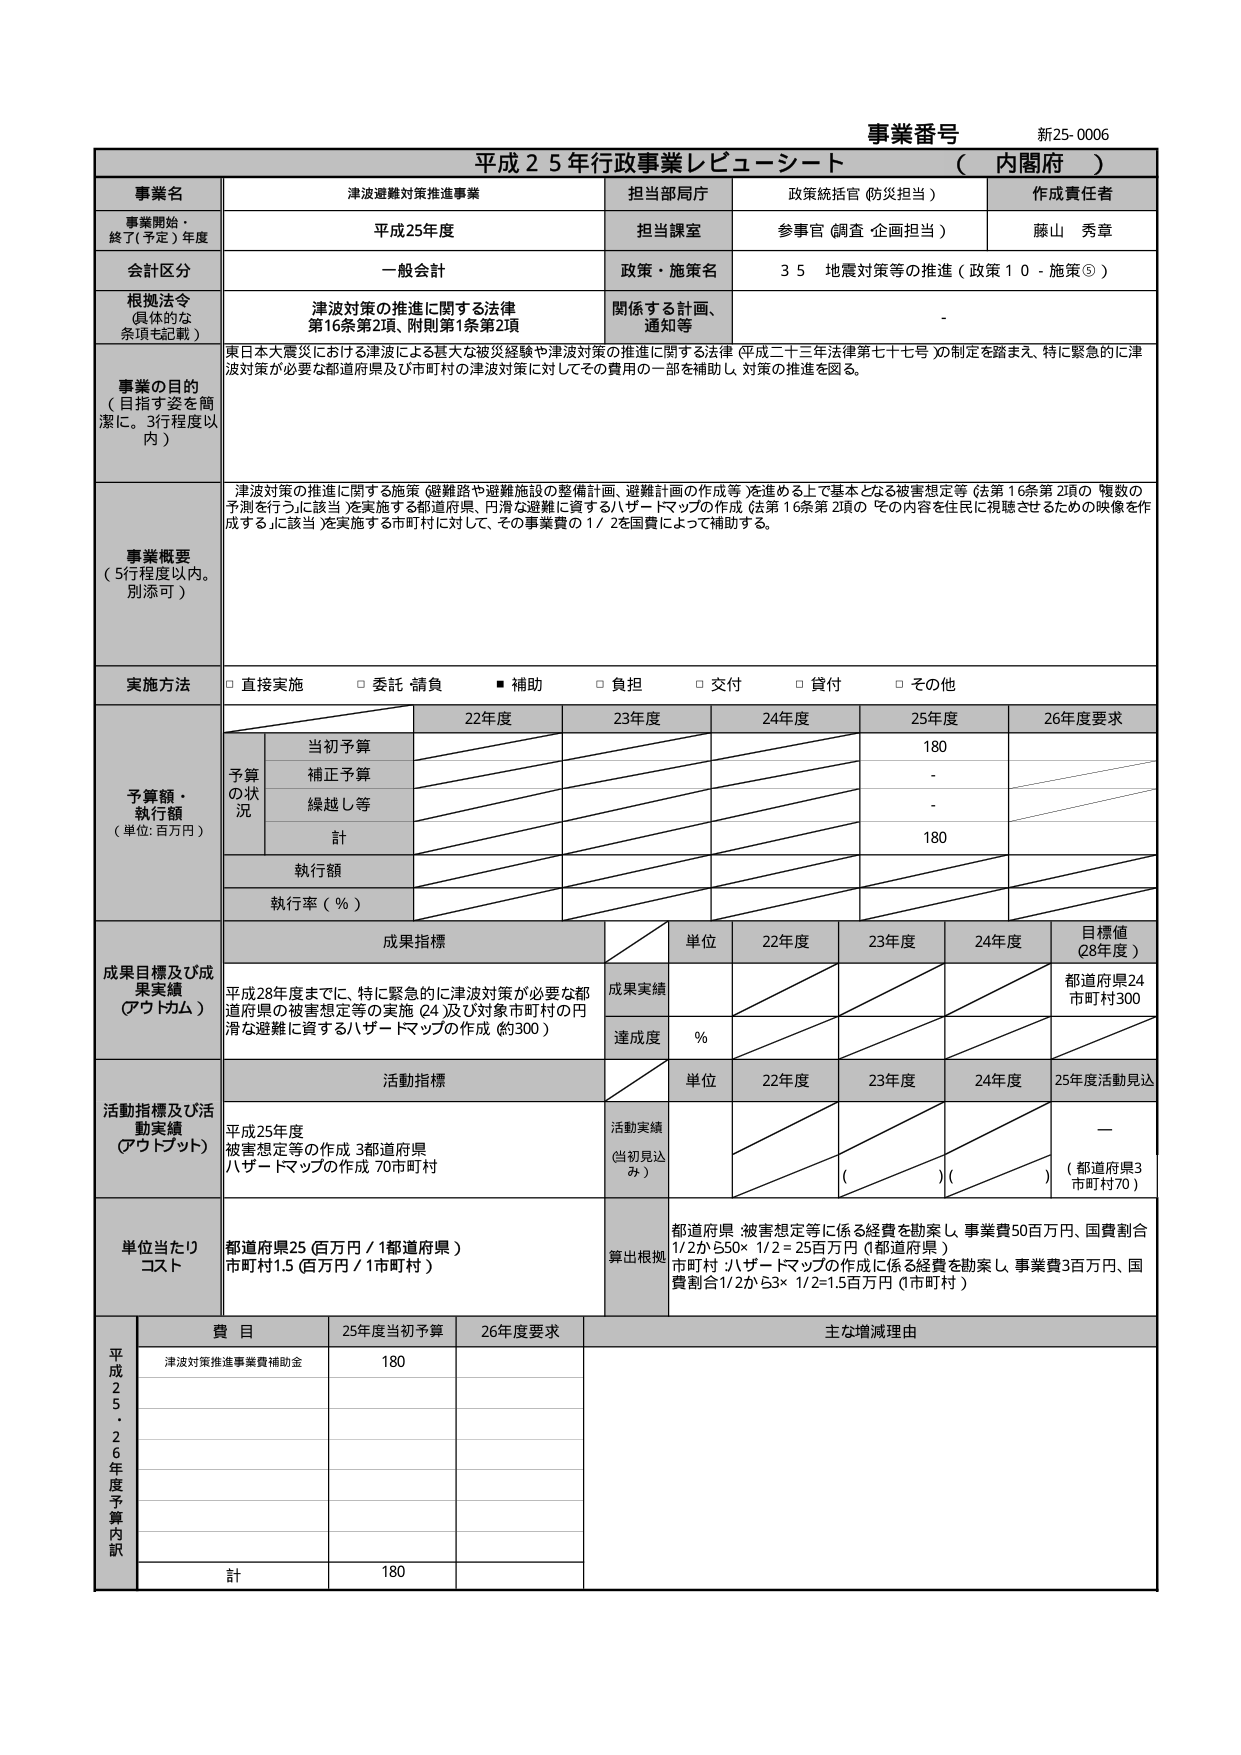
事業番号 新25-0006
平成25年行政事業レビューーシート （内閣府）

事業名 津波避難対策推進事業
担当部局庁 政策統括官（防災担当）
作成責任者 藤山 秀章

事業開始・終了（予定）年度 平成25年度
担当課室 参事官（調査・企画担当）

会計区分 一般会計
政策・施策名 35 地震対策等の推進（政策10-施策⑤）

根拠法令（具体的な条項も記載） 津波対策の推進に関する法律 第16条第2項、附則第1条第2項
関係する計画、通知等 -

事業の目的（目指す姿を簡潔に。3行程度以内）
東日本大震災における津波による甚大な被災経験や津波対策の推進に関する法律（平成二十三年法律第七十七号）の制定を踏まえ、特に緊急的に津波対策が必要な都道府県及び市町村の津波対策に対してその費用の一部を補助し、対策の推進を図る。

事業概要（5行程度以内。別添可）
津波対策の推進に関する施策（避難路や避難施設の整備計画、避難計画の作成等）を進める上で基本となる被害想定等（法第16条第2項の「複数の予測を行う」に該当）を実施する都道府県、円滑な避難に資するハザードマップの作成（法第16条第2項の「その内容を住民に視聴させるための映像を作成する」に該当）を実施する市町村に対して、その事業費の1/2を国費によって補助する。

実施方法 □直接実施 □委託・請負 ■補助 □負担 □交付 □貸付 □その他

予算額・執行額（単位：百万円）